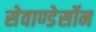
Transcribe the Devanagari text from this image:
सेवाण्डेर्सोन